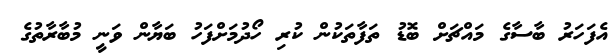
އެފަހަރު ބާސާގެ މައްޗަށް ބޮޑު ތަފާތަކުން ކުރި ހޯދުމަށްފަހު ބަޔާން ވަނީ މުބާރާތުގެ